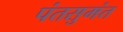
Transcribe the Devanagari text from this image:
पंतसुमंत